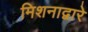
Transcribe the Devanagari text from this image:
मिशनाद्वारे